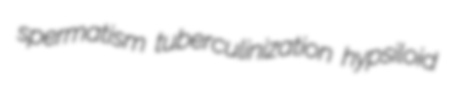
spermatism tuberculinization hypsiloid